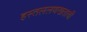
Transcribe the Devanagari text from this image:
हस्तललणखताची